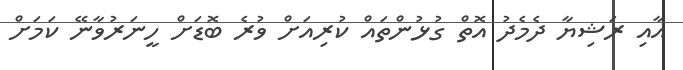
އާއި ރަޝިޔާ ދެމެދު އޮތް ގުޅުންތައް ކުރިއަށް ވުރެ ބޮޑަށް ހީނަރުވާނޭ ކަމަށް